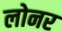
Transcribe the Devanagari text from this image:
लोनर